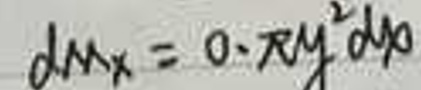
\[
d M_{x}=0\cdot \pi y^{2} d x
\]